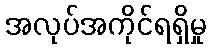
အလုပ်အကိုင်ရရှိမှု